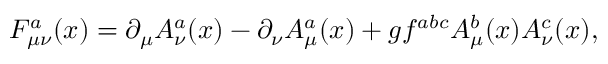
F _ { \mu \nu } ^ { a } ( x ) = \partial _ { \mu } A _ { \nu } ^ { a } ( x ) - \partial _ { \nu } A _ { \mu } ^ { a } ( x ) + g f ^ { a b c } A _ { \mu } ^ { b } ( x ) A _ { \nu } ^ { c } ( x ) ,